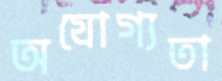
অযোগ্যতা